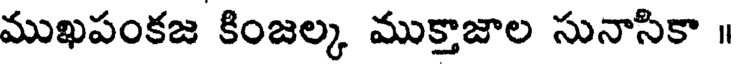
ముఖపంకజ కింజల్క ముక్తాజాల సునాసికా ॥